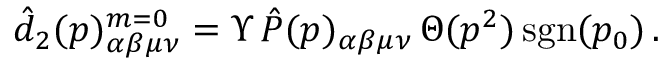
\hat { d } _ { 2 } ( p ) _ { \alpha \beta \mu \nu } ^ { m = 0 } = \Upsilon \, \hat { P } ( p ) _ { \alpha \beta \mu \nu } \, \Theta ( p ^ { 2 } ) \, \mathrm { s g n } ( p _ { 0 } ) \, .